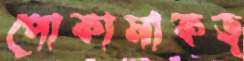
পোকামাকড়